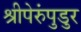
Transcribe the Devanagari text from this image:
श्रीपेरुंपुडुर